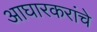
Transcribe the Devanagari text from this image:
आघारकरांचे